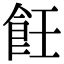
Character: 飪